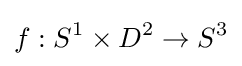
f:S^{1}\times D^{2}\to S^{3}